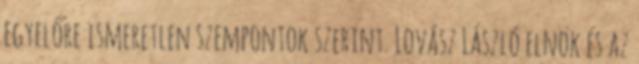
egyelőre ismeretlen szempontok szerint. Lovász László elnök és az